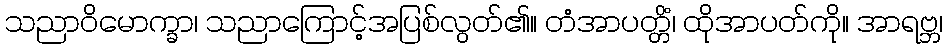
သညာဝိမောက္ခာ၊ သညာကြောင့်အပြစ်လွတ်၏။ တံအာပတ္တိံ၊ ထိုအာပတ်ကို။ အာရဗ္ဘ၊